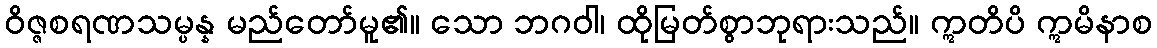
ဝိဇ္ဇစရဏသမ္ပန္န မည်တော်မူ၏။ သော ဘဂဝါ၊ ထိုမြတ်စွာဘုရားသည်။ ဣတိပိ ဣမိနာစ